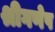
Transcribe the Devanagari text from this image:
श्रीगणेष